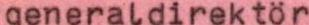
generaldirektör